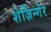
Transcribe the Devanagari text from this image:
शेर्ज़िन्गेर